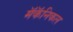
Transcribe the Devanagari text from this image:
मॅकॅनिकल